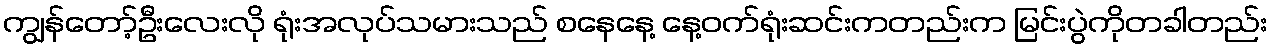
ကျွန်တော့်ဦးလေးလို ရုံးအလုပ်သမားသည် စနေနေ့ နေ့ဝက်ရုံးဆင်းကတည်းက မြင်းပွဲကိုတခါတည်း